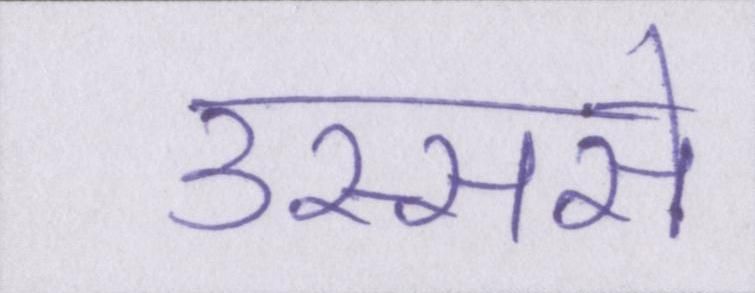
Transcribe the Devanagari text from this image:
उस्ससे